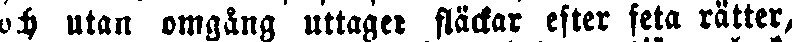
och utan omgång uttaget stackar efter feta rätter,